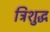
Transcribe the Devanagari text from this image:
त्रिशुद्ध